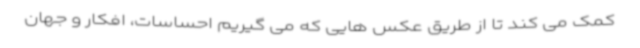
کمک می کند تا از طریق عکس هایی که می گیریم احساسات، افکار و جهان